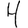
Digit: 4